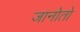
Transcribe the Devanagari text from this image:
जानोतो